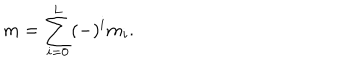
LaTeX: m = \sum _ { i = 0 } ^ { L } ( - ) ^ { i } m _ { i } .